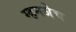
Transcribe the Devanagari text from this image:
म्हनजेच